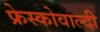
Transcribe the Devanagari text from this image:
फ्रेस्कोवाल्दी